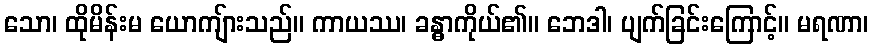
သော၊ ထိုမိန်းမ ယောကျ်ားသည်။ ကာယဿ၊ ခန္ဓာကိုယ်၏။ ဘေဒါ၊ ပျက်ခြင်းကြောင့်။ မရဏာ၊